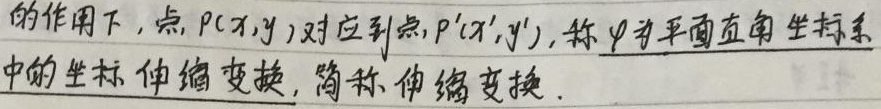
在某种作用下，点\(P(x,y)\)对应到点\(P'(x',y')\)，称\(\varphi\)为平面直角坐标系中的坐标伸缩变换，简称伸缩变换。